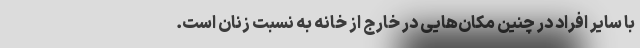
با سایر افراد در چنین مکان‌هایی در خارج از خانه به نسبت زنان است.